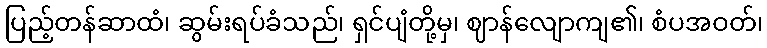
ပြည့်တန်ဆာထံ၊ ဆွမ်းရပ်ခံသည်၊ ရှင်ပျံတို့မှ၊ ဈာန်လျောကျ၏၊ စံပအဝတ်၊